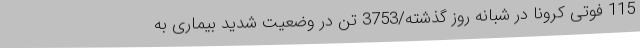
115 فوتی کرونا در شبانه روز گذشته/3753 تن در وضعیت شدید بیماری به